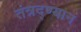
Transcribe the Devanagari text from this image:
तंत्रद्ण्यान